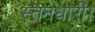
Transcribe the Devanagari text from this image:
स्तनधारी।